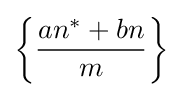
{\biggl \{}{\frac {an^{*}+bn}{m}}{\biggr \}}